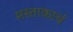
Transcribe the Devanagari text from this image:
मस्ताकाचं